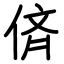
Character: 㑪